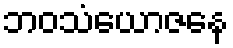
ဘဝသံယောဇနေ